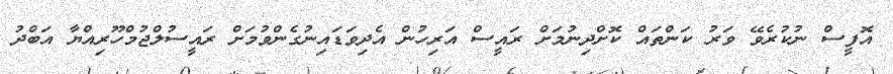
އޮފީސް ނުކުރެވޭ ވަރު ކަންތައް ކޮށްދިނުމަށް ރައީސް އަރިހުން އެދިވަޑައިނުގެންވުމަށް ރައީސުލްޖުމްހޫރިއްޔާ އަބްދު